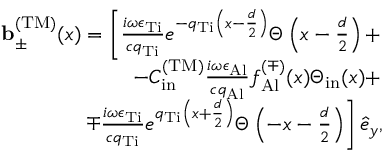
\begin{array} { r l r } & { } & { { \bf b } _ { \pm } ^ { \mathrm { ( T M ) } } ( x ) = \left[ \frac { i \omega \epsilon _ { \mathrm { T i } } } { c q _ { \mathrm { T i } } } e ^ { - q _ { \mathrm { T i } } \left( x - \frac { d } { 2 } \right) } \Theta \left( x - \frac { d } { 2 } \right) + \right. } \\ & { } & { \left. - { \cal C } _ { \mathrm { i n } } ^ { \mathrm { ( T M ) } } \frac { i \omega \epsilon _ { \mathrm { A l } } } { c q _ { \mathrm { A l } } } f _ { \mathrm { A l } } ^ { ( \mp ) } ( x ) \Theta _ { \mathrm { i n } } ( x ) + \right. } \\ & { } & { \left. \mp \frac { i \omega \epsilon _ { \mathrm { T i } } } { c q _ { \mathrm { T i } } } e ^ { q _ { \mathrm { T i } } \left( x + \frac { d } { 2 } \right) } \Theta \left( - x - \frac { d } { 2 } \right) \right] \hat { e } _ { y } , } \end{array}